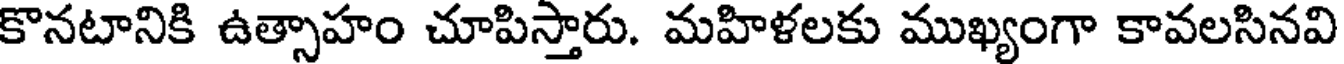
కొనటానికి ఉత్సాహం చూపిస్తారు. మహిళలకు ముఖ్యంగా కావలసినవి